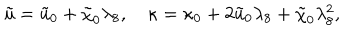
{ \tilde { u } } = { \tilde { u } } _ { 0 } + \tilde { \chi } _ { 0 } \lambda _ { 8 } , \quad \kappa = \kappa _ { 0 } + 2 { \tilde { u } } _ { 0 } \lambda _ { 8 } + \tilde { \chi } _ { 0 } \lambda _ { 8 } ^ { 2 } ,